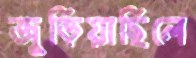
জুড়িয়াছিলে